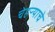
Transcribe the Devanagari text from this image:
चेहऱ्याचे